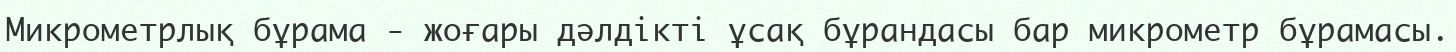
Микрометрлық бұрама - жоғары дәлдікті ұсақ бұрандасы бар микрометр бұрамасы.